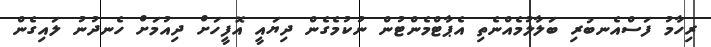
ރިހާމު ފަސްއެނބުރި ބަލާލުމެއްނެތި އެޕާޓްމެންޓުން ނުކުމެގެން ދިޔައީ އޮފީހަށް ދިއުމަށް ހެނދުނު ލައިގެން